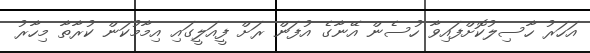
އަހަރު ހާސިލުކޮށްފައިވާ ހުސެން އޭނާގެ އުފަން ރަށް ފީއަލީގައި އިމާމުކަން ކުރާތާ މިހާރު